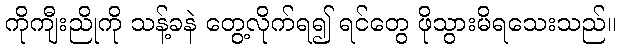
ကိုကျီးညိုကို သန့်ခနဲ တွေ့လိုက်ရ၍ ရင်တွေ ဖိုသွားမိရသေးသည်။